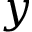
y